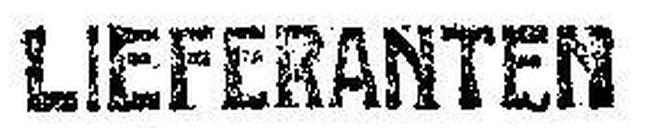
LIEFERANTEN